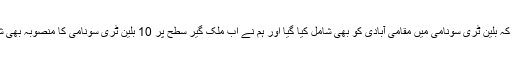
ان کا کہنا تھا کہ بلین ٹری سونامی میں مقامی آبادی کو بھی شامل کیا گیا اور ہم نے اب ملک گیر سطح پر 10 بلین ٹری سونامی کا منصوبہ بھی شروع کیا ہے۔